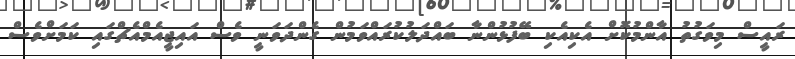
ރައީސް މިވަގުތު އާންމުކޮށް އެކިއެކި ބޭފުޅުންނާ ބައްދަލުކުރައްވަމުން ގެންދަވަނީ ވެސް އައިޖީއެމްއެޗްގައި ކަމަށްވެސް